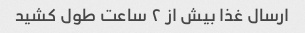
ارسال غذا بیش از ۲ ساعت طول کشید